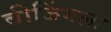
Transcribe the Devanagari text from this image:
बीजिंगला